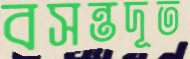
বসন্তদূত